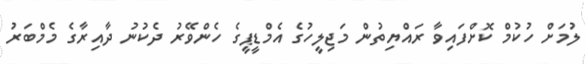
ލުމަށް ހުކުމް ކޮށްފައިވާ ރައްޔިތުން މަޖިލީހުގެ އެމްޑީޕީގެ ހެންވޭރު ދެކުނު ދާއިރާގެ މެމްބަރު